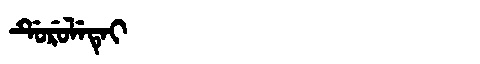
Manchu: ᡩᡠᡵᡠᠯᡝᡨᡝᡳ
Romanization: DURULETEI